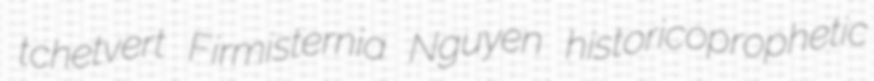
tchetvert Firmisternia Nguyen historicoprophetic